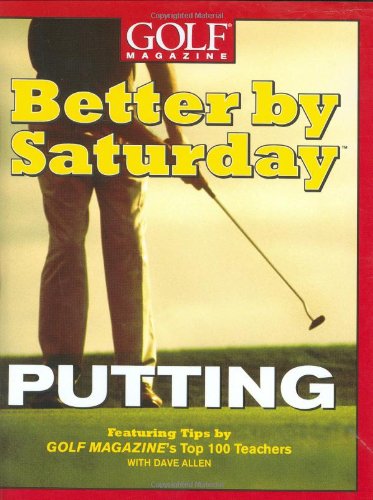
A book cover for Better by Saturday (TM) - Putting: Featuring Tips by Golf Magazine's Top 100 Teachers; Dave Allen; Sports & Outdoors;